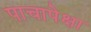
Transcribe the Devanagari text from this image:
पाचापेक्षा